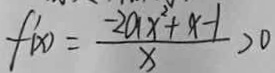
f ^ { \prime } ( x ) = \frac { - 2 a x ^ { 2 } + x - 1 } { x } > 0